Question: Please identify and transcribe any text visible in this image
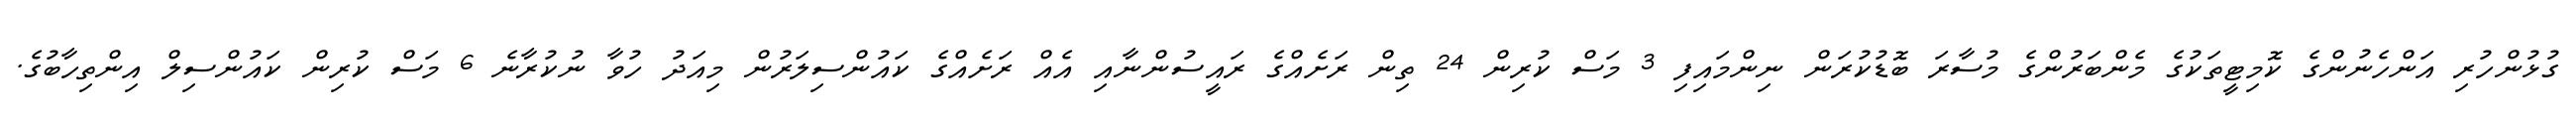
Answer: ގުޅުންހުރި އަންހެނުންގެ ކޮމިޓީތަކުގެ މެންބަރުންގެ މުސާރަ ބޮޑުކުރަން ނިންމައިފި 3 މަސް ކުރިން 24 ތިން ރަށެއްގެ ރައީސުންނާއި އެއް ރަށެއްގެ ކައުންސިލަރުން މިއަދު ހުވާ ނުކުރާނެ 6 މަސް ކުރިން ކައުންސިލް އިންތިހާބުގެ.